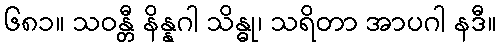
၆၈၁။ သဝန္တီ နိန္နဂါ သိန္ဓု၊ သရိတာ အာပဂါ နဒီ။